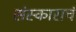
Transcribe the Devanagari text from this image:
संस्काराचं